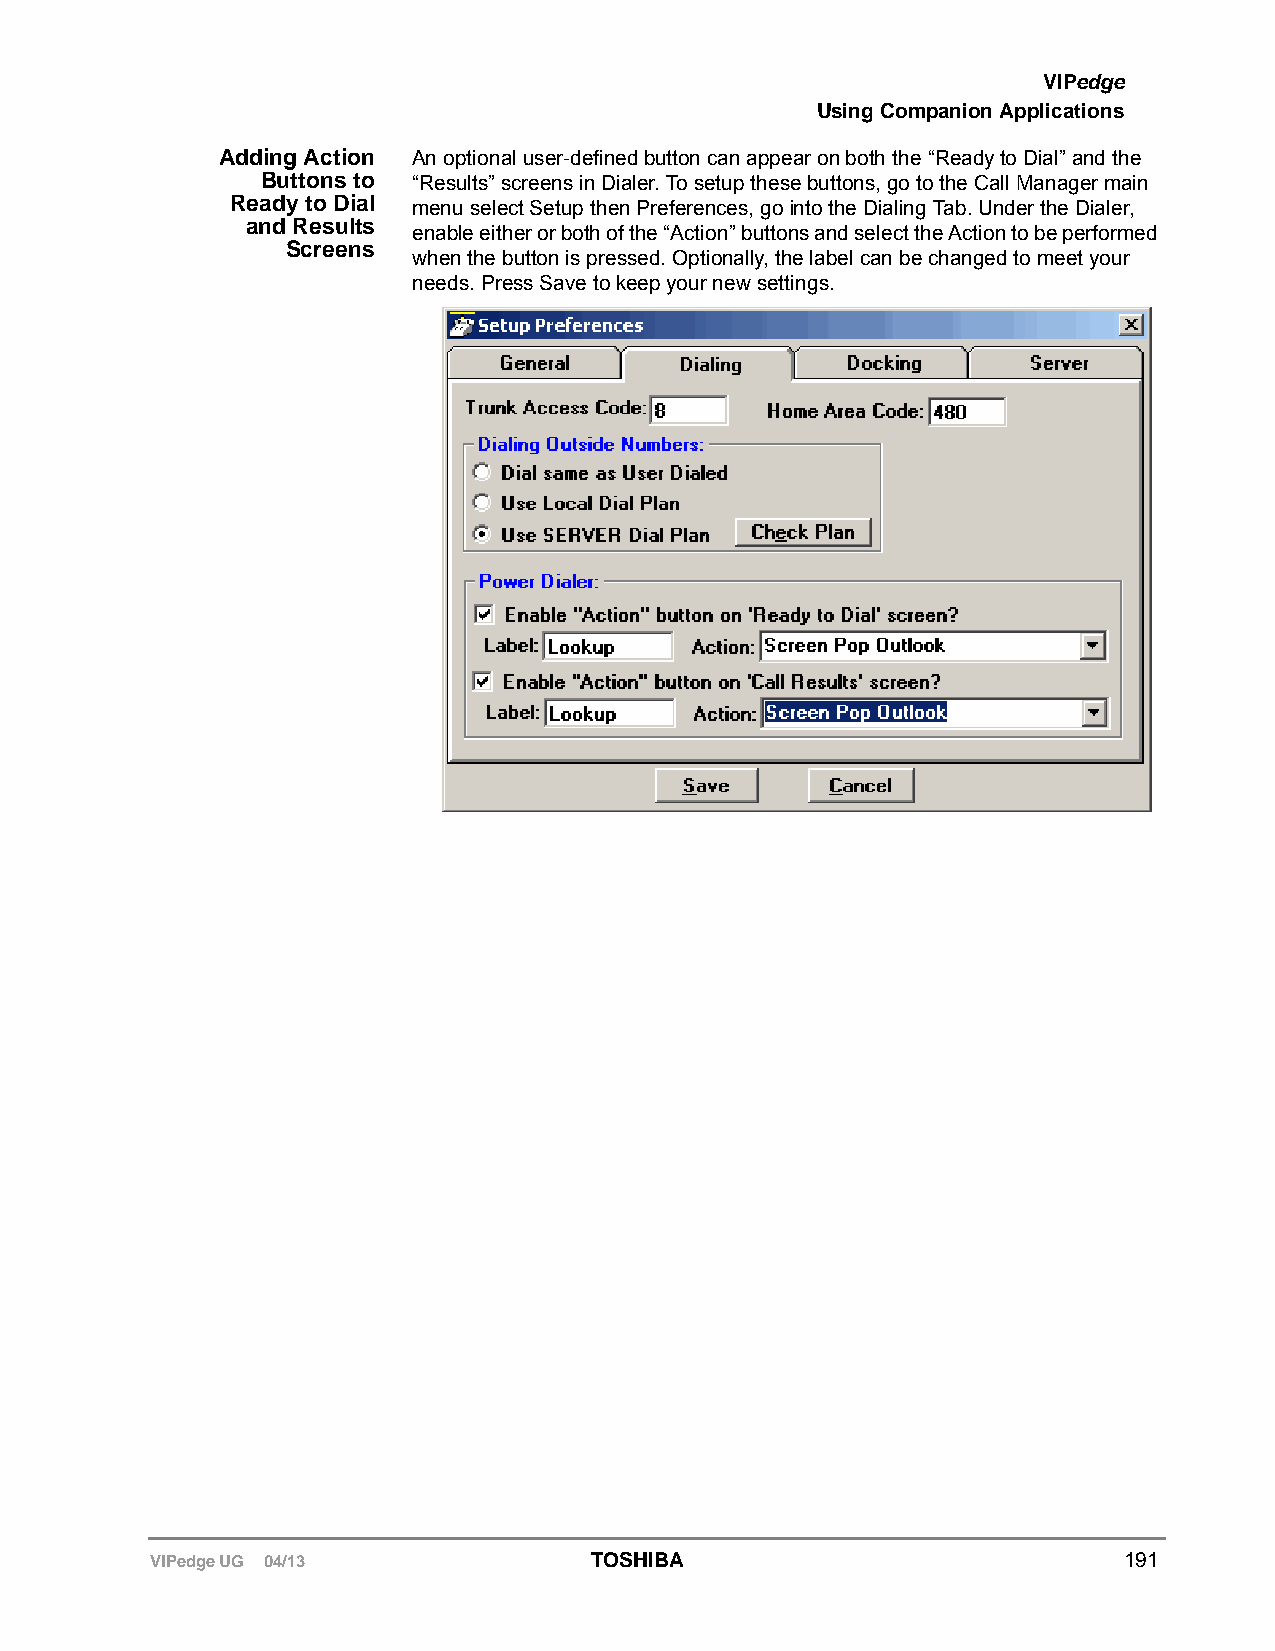
VIPedge
 Using Companion Applications
 Adding Action An optional user-defined button can appear on both the “Ready to Dial” and the
 Buttons to “Results” screens in Dialer. To setup these buttons, go to the Call Manager main
 Ready to Dial menu select Setup then Preferences, go into the Dialing Tab. Under the Dialer,
 and Results
 enable either or both of the “Action” buttons and select the Action to be performed
 Screens
 when the button is pressed. Optionally, the label can be changed to meet your
 needs. Press Save to keep your new settings.
 VIPedge UG 04/13             TOSHIBA                            191